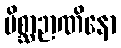
မိစ္ဆာဉာဏိနော